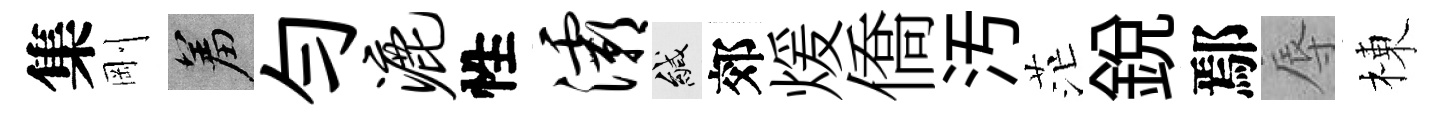
集剛羞勻漉性灞緘郊煖僑汚茫銳鄢辱棟